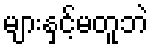
များနှင့်မတူဘဲ